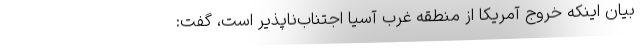
بیان اینکه خروج آمریکا از منطقه غرب آسیا اجتناب‌ناپذیر است، گفت: